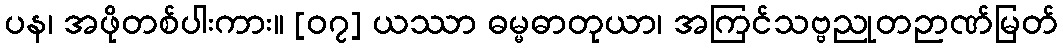
ပန၊ အဖိုတစ်ပါးကား။ [၀၇] ယဿာ ဓမ္မဓာတုယာ၊ အကြင်သဗ္ဗညုတဉာဏ်မြတ်